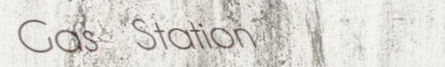
Gas Station